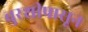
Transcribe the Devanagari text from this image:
बुरशीपासून